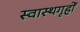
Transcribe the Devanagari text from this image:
स्वास्थगृहों